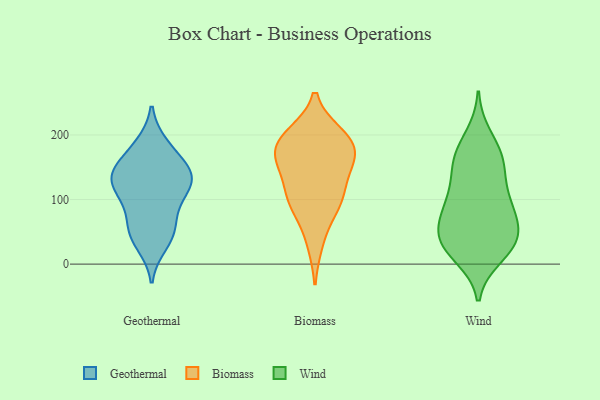
{"axis": {"x": "LTV (USD)", "y": "Value"}, "legend": ["Biomass", "Geothermal", "Wind"], "data": [{"x": "", "y": 126, "type": "Geothermal"}, {"x": "", "y": 48, "type": "Geothermal"}, {"x": "", "y": 60, "type": "Geothermal"}, {"x": "", "y": 105, "type": "Geothermal"}, {"x": "", "y": 107, "type": "Geothermal"}, {"x": "", "y": 145, "type": "Geothermal"}, {"x": "", "y": 135, "type": "Geothermal"}, {"x": "", "y": 146, "type": "Geothermal"}, {"x": "", "y": 152, "type": "Geothermal"}, {"x": "", "y": 135, "type": "Geothermal"}, {"x": "", "y": 30, "type": "Geothermal"}, {"x": "", "y": 77, "type": "Geothermal"}, {"x": "", "y": 185, "type": "Geothermal"}, {"x": "", "y": 182, "type": "Geothermal"}, {"x": "", "y": 121, "type": "Geothermal"}, {"x": "", "y": 44, "type": "Geothermal"}, {"x": "", "y": 199, "type": "Biomass"}, {"x": "", "y": 187, "type": "Biomass"}, {"x": "", "y": 106, "type": "Biomass"}, {"x": "", "y": 155, "type": "Biomass"}, {"x": "", "y": 108, "type": "Biomass"}, {"x": "", "y": 200, "type": "Biomass"}, {"x": "", "y": 96, "type": "Biomass"}, {"x": "", "y": 167, "type": "Biomass"}, {"x": "", "y": 188, "type": "Biomass"}, {"x": "", "y": 147, "type": "Biomass"}, {"x": "", "y": 167, "type": "Biomass"}, {"x": "", "y": 34, "type": "Biomass"}, {"x": "", "y": 86, "type": "Biomass"}, {"x": "", "y": 95, "type": "Wind"}, {"x": "", "y": 28, "type": "Wind"}, {"x": "", "y": 32, "type": "Wind"}, {"x": "", "y": 72, "type": "Wind"}, {"x": "", "y": 101, "type": "Wind"}, {"x": "", "y": 62, "type": "Wind"}, {"x": "", "y": 55, "type": "Wind"}, {"x": "", "y": 18, "type": "Wind"}, {"x": "", "y": 101, "type": "Wind"}, {"x": "", "y": 199, "type": "Wind"}, {"x": "", "y": 30, "type": "Wind"}, {"x": "", "y": 12, "type": "Wind"}, {"x": "", "y": 180, "type": "Wind"}, {"x": "", "y": 145, "type": "Wind"}, {"x": "", "y": 154, "type": "Wind"}, {"x": "", "y": 40, "type": "Wind"}, {"x": "", "y": 160, "type": "Wind"}, {"x": "", "y": 55, "type": "Wind"}, {"x": "", "y": 159, "type": "Wind"}, {"x": "", "y": 100, "type": "Wind"}]}